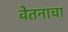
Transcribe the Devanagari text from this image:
वेतनाचा